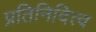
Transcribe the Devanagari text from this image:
प्रतिनिदित्व